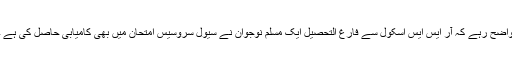
واضح رہے کہ آر ایس ایس اسکول سے فارغ التحصیل ایک مسلم نوجوان نے سیول سروسیس امتحان میں بھی کامیابی حاصل کی ہے ۔